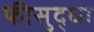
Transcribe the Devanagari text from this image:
फीसुद्धा